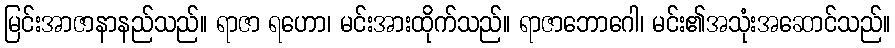
မြင်းအာဇာနာနည်သည်။ ရာဇာ ရဟော၊ မင်းအားထိုက်သည်။ ရာဇာဘောဂေါ၊ မင်း၏အသုံးအဆောင်သည်။